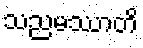
သညမဿာတိ